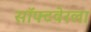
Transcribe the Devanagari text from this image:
सॉफ्टवेरला